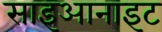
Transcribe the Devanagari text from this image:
साइआनाइट